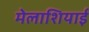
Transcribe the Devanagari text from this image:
मेलाशियाई